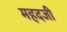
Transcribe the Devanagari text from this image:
महदजी